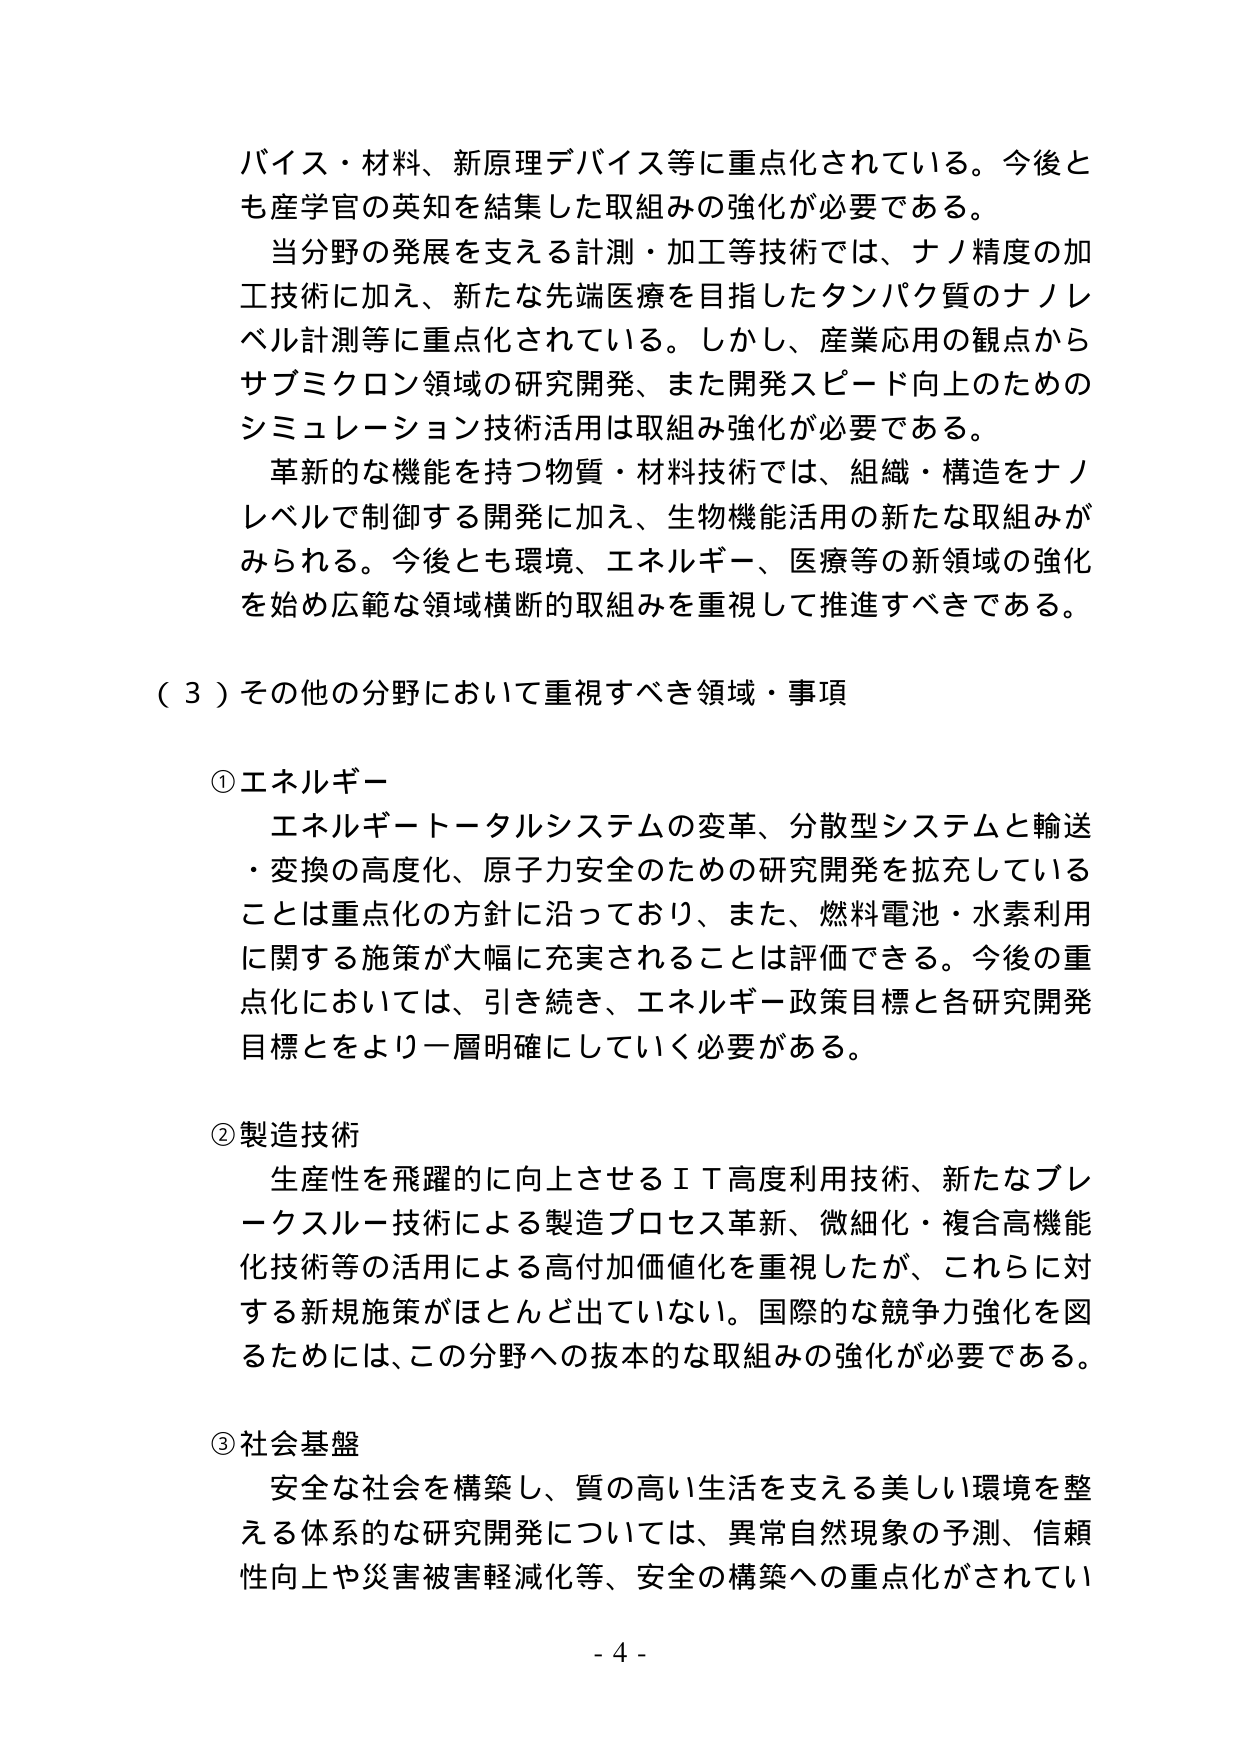
バイス・材料、新原理デバイス等に重点化されている。今後とも産学官の英知を結集した取組みの強化が必要である。

当分野の発展を支える計測・加工等技術では、ナノ精度の加工技術に加え、新たな先端医療を目指したタンパク質のナノレベル計測等に重点化されている。しかし、産業応用の観点からサブミクロン領域の研究開発、また開発スピード向上のためのシミュレーション技術活用は取組み強化が必要である。

革新的な機能を持つ物質・材料技術では、組織・構造をナノレベルで制御する開発に加え、生物機能活用の新たな取組みがみられる。今後とも環境、エネルギー、医療等の新領域の強化を始め広範な領域横断的取組みを重視して推進すべきである。

（３）その他の分野において重視すべき領域・事項

① エネルギー
エネルギー・トータルシステムの変革、分散型システムと輸送・変換の高度化、原子力安全のための研究開発を拡充していることは重点化の方針に沿っており、また、燃料電池・水素利用に関する施策が大幅に充実されることは評価できる。今後の重点化においては、引き続き、エネルギー政策目標と各研究開発目標をより一層明確にしていく必要がある。

② 製造技術
生産性を飛躍的に向上させるＩＴ高度利用技術、新たなブレークスルー技術による製造プロセス革新、微細化・複合高機能化技術等の活用による高付加価値化を重視したが、これらに対する新規施策がほとんど出ていない。国際的な競争力強化を図るためには、この分野への抜本的な取組みの強化が必要である。

③ 社会基盤
安全な社会を構築し、質の高い生活を支える美しい環境を整える体系的な研究開発については、異常自然現象の予測、信頼性向上や災害被害軽減化等、安全の構築への重点化がされてい

- 4 -